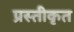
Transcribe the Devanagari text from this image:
प्रस्तीकृत